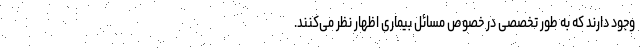
وجود دارند که به طور تخصصی در خصوص مسائل بیماری اظهار نظر می‌کنند.